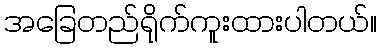
အခြေတည်ရိုက်ကူးထားပါတယ်။